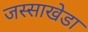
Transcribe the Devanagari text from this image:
जस्‍साखेडा